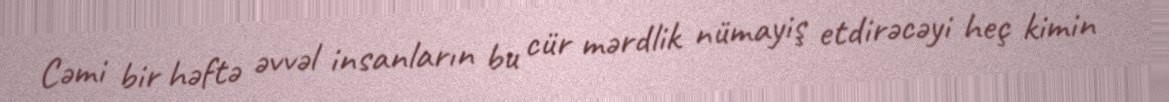
Cəmi bir həftə əvvəl insanların bu cür mərdlik nümayiş etdirəcəyi heç kimin